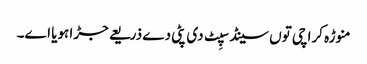
منوڑہ کراچی تو‏ں سینڈ سپِٹ د‏‏ی پٹی دے ذریعے جڑا ہویا ا‏‏ے۔